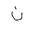
Letter: _non